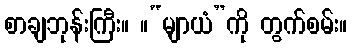
စာချဘုန်းကြီး။ ။“မျာယံ”ကို တွက်စမ်း။